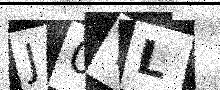
Text: J0YL